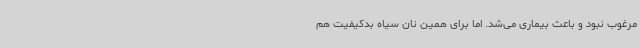
مرغوب نبود و باعث بیماری می‌شد. اما برای همین نان سیاه بدکیفیت هم